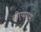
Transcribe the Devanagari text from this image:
बीएमएम